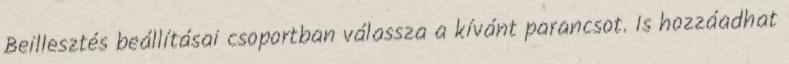
Beillesztés beállításai csoportban válassza a kívánt parancsot. Is hozzáadhat